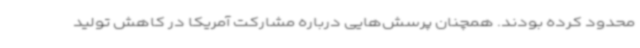
محدود کرده بودند. همچنان پرسش‌هایی درباره مشارکت آمریکا در کاهش تولید